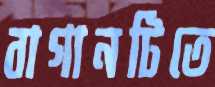
বাগানটিতে